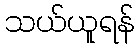
သယ်ယူရန်